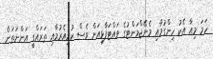
ހަމަ މިއާ އެކު ހިންގުމާއި މެނޭޖްމަންޓުގެ ވައްޓަފާޅިއަށް ވެސް ކުރިއެރުމާއި ތަރައްގީ އަންނަތަން